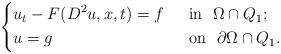
LaTeX: \begin{align*} \left\{ \begin{aligned}&u_t-F(D^2u,x,t)=f ~~&&\mbox{in}~~\Omega\cap Q_1;\\&u=g ~~&&\mbox{on}~~\partial \Omega\cap Q_1. \end{aligned}\right.\end{align*}